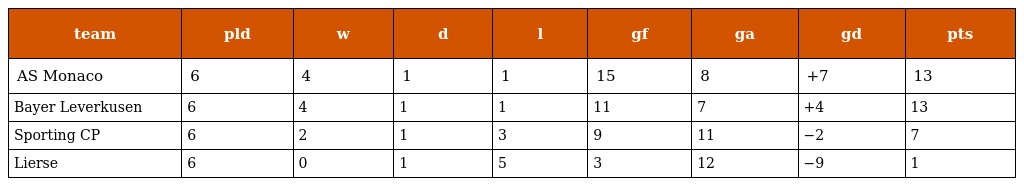
| team | pld | w | d | l | gf | ga | gd | pts |
 | --- | --- | --- | --- | --- | --- | --- | --- | --- |
 | AS Monaco | 6 | 4 | 1 | 1 | 15 | 8 | +7 | 13 |
 | Bayer Leverkusen | 6 | 4 | 1 | 1 | 11 | 7 | +4 | 13 |
 | Sporting CP | 6 | 2 | 1 | 3 | 9 | 11 | −2 | 7 |
 | Lierse | 6 | 0 | 1 | 5 | 3 | 12 | −9 | 1 |